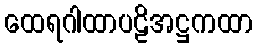
ထေရဂါထာပဠိအဋ္ဌကထာ